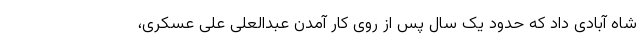
شاه آبادی داد که حدود یک سال پس از روی کار آمدن عبدالعلی علی عسکری،